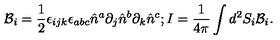
{ \mathcal { B } } _ { i } = \frac { 1 } { 2 } \epsilon _ { i j k } \epsilon _ { a b c } \hat { n } ^ { a } \partial _ { j } \hat { n } ^ { b } \partial _ { k } \hat { n } ^ { c } ; I = \frac { 1 } { 4 \pi } \int d ^ { 2 } S _ { i } { \mathcal { B } } _ { i } .